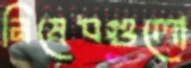
নিষেধগুলো